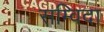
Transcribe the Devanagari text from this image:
सम्विदा